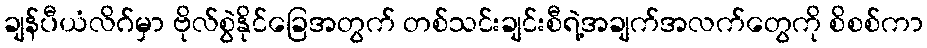
ချန်ပီယံလိဂ်မှာ ဗိုလ်စွဲနိုင်ခြေအတွက် တစ်သင်းချင်းစီရဲ့အချက်အလက်တွေကို စိစစ်ကာ